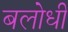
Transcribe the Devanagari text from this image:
बलोधी